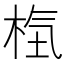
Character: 𣒻